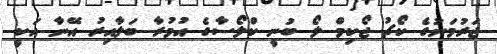
ޖަރުމަނުގެ ކޯޗު ޖޯކިމް ލޯ ބުނީ ކްލޯސާގެ އުމުރާ ބަލާއިރު އޭނާ އަކީ